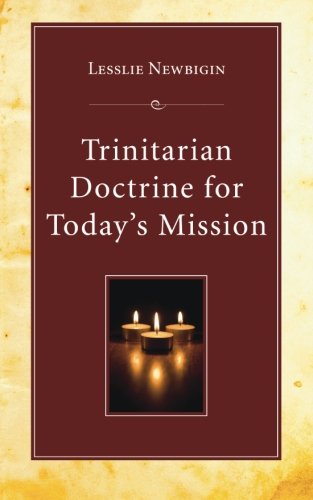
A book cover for Trinitarian Doctrine for Today's Mission:; Lesslie Newbigin; Christian Books & Bibles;